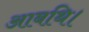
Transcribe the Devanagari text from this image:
आबथि।